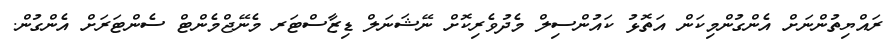
ރައްޔިތުންނަށް އެންގުންމިކަން އަތޮޅު ކައުންސިލް މެދުވެރިކޮށް ނޭޝަނަލް ޑިޒާސްޓަރ މެނޭޖްމެންޓް ސެންޓަރަށް އެންގުން.